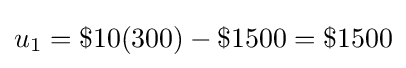
u_{1}=\$10(300)-\$1500=\$1500